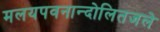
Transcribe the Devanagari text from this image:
मलयपवनान्दोलितजले